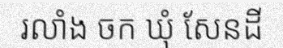
រលាំង ចក ឃុំ សែនដី